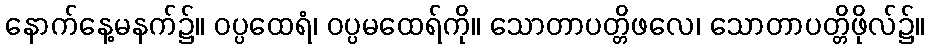
နောက်နေ့မနက်၌။ ဝပ္ပထေရံ၊ ဝပ္ပမထေရ်ကို။ သောတာပတ္တိဖလေ၊ သောတာပတ္တိဖိုလ်၌။